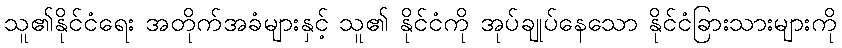
သူ၏နိုင်ငံရေး အတိုက်အခံများနှင့် သူ၏ နိုင်ငံကို အုပ်ချုပ်နေသော နိုင်ငံခြားသားများကို